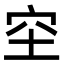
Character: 𥤧